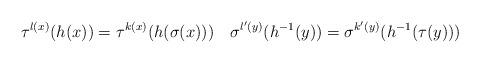
LaTeX: \begin{align*}\tau^{l(x)}(h(x)) = \tau^{k(x)}(h(\sigma(x))) \quad\sigma^{l'(y)}(h^{-1}(y)) =\sigma^{k'(y)}(h^{-1}(\tau(y)))\end{align*}